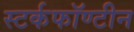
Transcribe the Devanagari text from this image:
स्टर्कफॉण्टीन